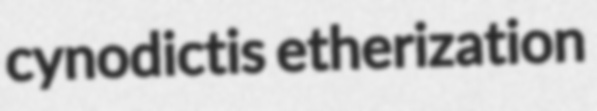
cynodictis etherization